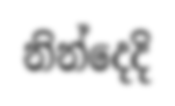
නින්දෙදි